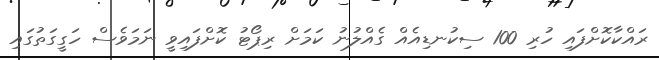
ރައްކާކޮށްފައި ހުރި 100 ސިކުނޑިއެއް ގެއްލުނު ކަމަށް ރިޕޯޓު ކޮށްފައިވީ ނަމަވެސް ހަގީގަތުގައި